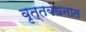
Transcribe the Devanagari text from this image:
वृत्तबंधनात